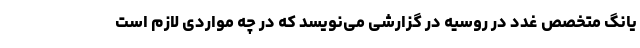
یانگ متخصص غدد در روسیه در گزارشی می‌نویسد که در چه مواردی لازم است